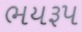
ભયરૂપ